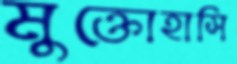
মুক্তোহাসি